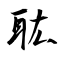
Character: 耾